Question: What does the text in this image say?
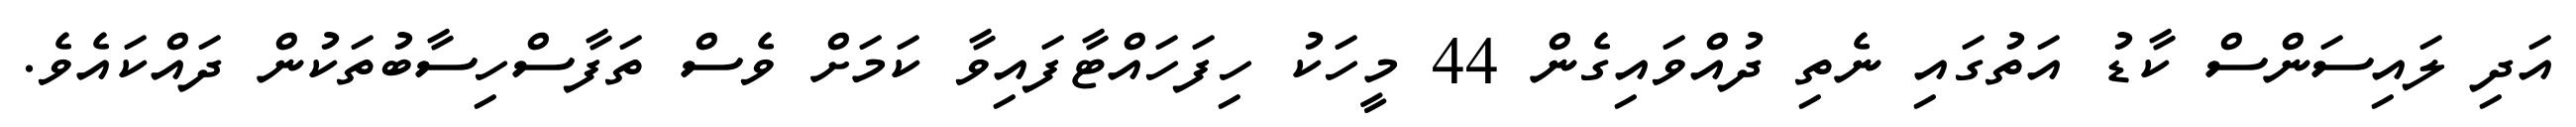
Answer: އަދި ލައިސަންސް ކާޑު އަތުގައި ނެތި ދުއްވައިގެން 44 މީހަކު ހިފަހައްޓާފައިވާ ކަމަށް ވެސް ތަފާސްހިސާބުތަކުން ދައްކައެވެ.